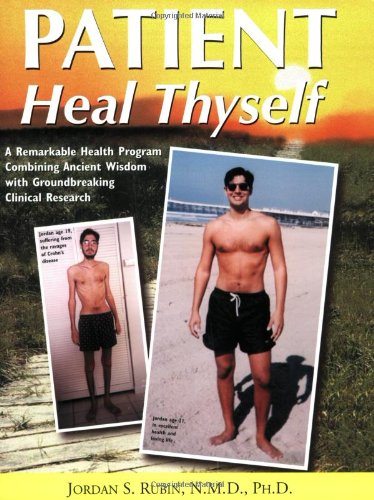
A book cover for Patient Heal Thyself: A Remarkable Health Program Combining Ancient Wisdom With Groundbreaking Clinical Research; Jordan S. Rubin; Health, Fitness & Dieting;